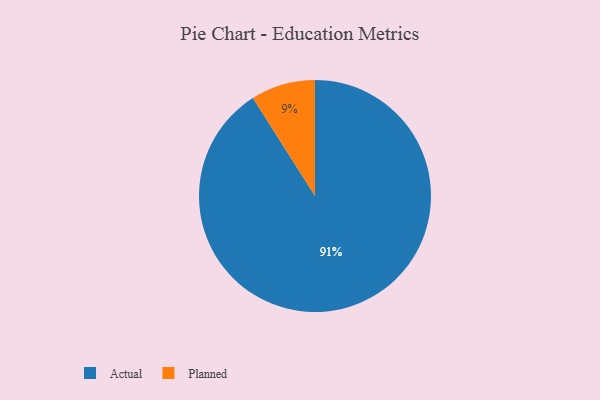
{"axis": {"x": "Category", "y": "Percentage"}, "legend": ["Actual", "Planned"], "data": [{"x": "Planned", "y": 9, "type": "Planned"}, {"x": "Actual", "y": 91, "type": "Actual"}]}